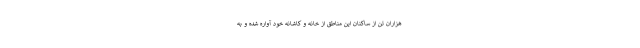
هزاران تن از ساکنان این مناطق از خانه و کاشانه خود آواره شده و به